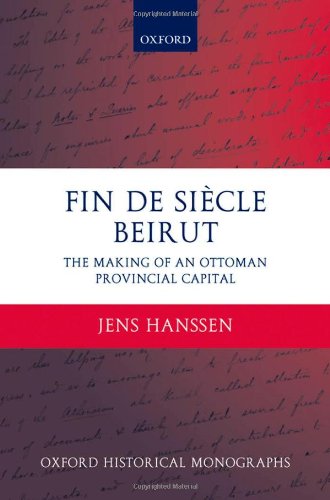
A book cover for Fin de SiÃ¨cle Beirut: The Making of an Ottoman Provincial Capital (Oxford Historical Monographs); Jens Hanssen; History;